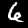
Label: 6